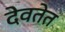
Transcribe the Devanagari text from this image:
देवतेत